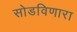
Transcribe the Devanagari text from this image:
सोडविणारा